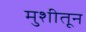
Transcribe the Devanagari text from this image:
मुशीतून